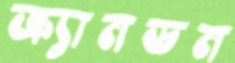
ক্র্যানডন